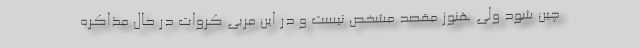
چین شود ولی هنوز مقصد مشخص نیست و در این مربی کروات در حال مذاکره